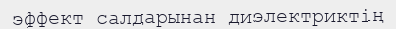
эффект салдарынан диэлектриктің